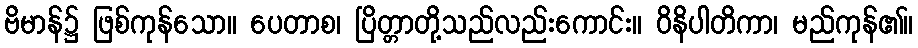
ဗိမာန်၌ ဖြစ်ကုန်သော။ ပေတာစ၊ ပြိတ္တာတို့သည်လည်းကောင်း။ ဝိနိပါတိကာ၊ မည်ကုန်၏။